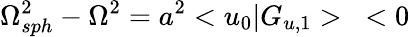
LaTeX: {\Omega_{sph}^{2}}-{\Omega}^{2}=a^{2}<u_{0}|G_{u,1}>\; \; \; <0